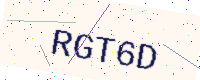
Text: RGT6D